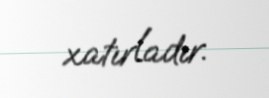
xatırladır.